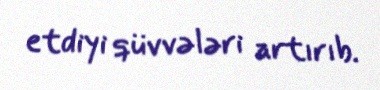
etdiyi qüvvələri artırıb.